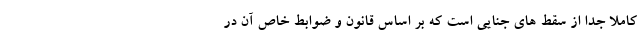
کاملا جدا از سقط های جنایی است که بر اساس قانون و ضوابط خاص آن در